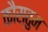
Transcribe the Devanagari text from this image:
कौस्तुम